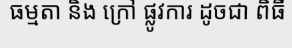
ធម្មតា និង ក្រៅ ផ្លូវការ ដូចជា ពិធី